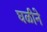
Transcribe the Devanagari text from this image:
घळीने